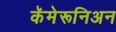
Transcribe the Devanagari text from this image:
कॅमेरूनिअन